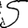
Digit: 5